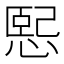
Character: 𢞍